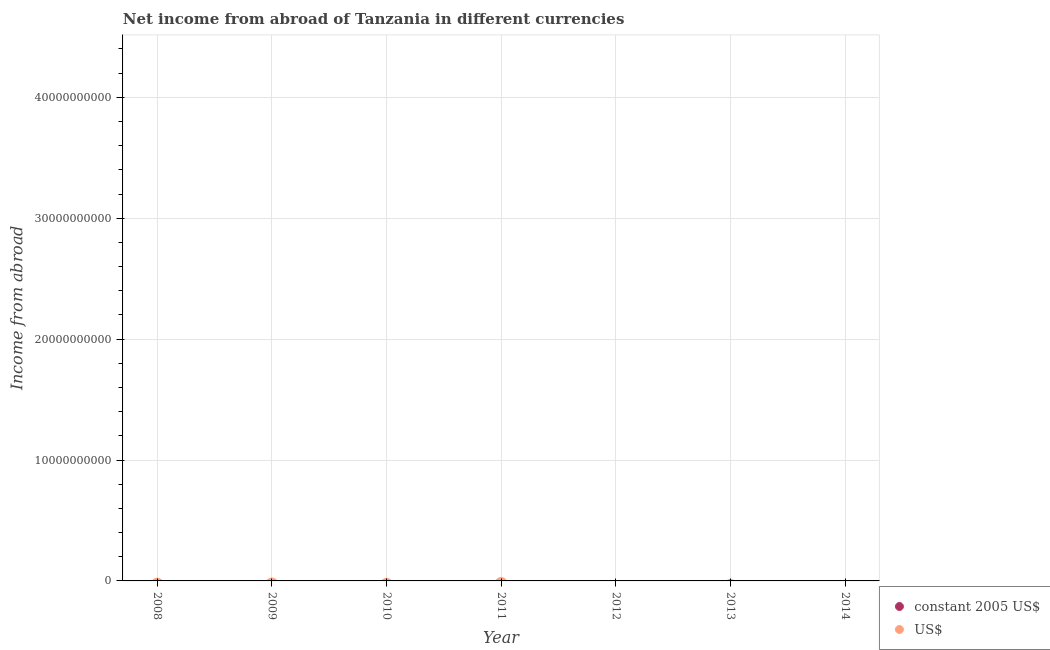
| Year | constant 2005 US$ | US$ |
 | --- | --- | --- |
 | 2008 | -3.76e+11 | -3.14e+08 |
 | 2009 | -3.93e+11 | -2.98e+08 |
 | 2010 | -4.61e+11 | -3.3e+08 |
 | 2011 | -4.04e+11 | -2.59e+08 |
 | 2012 | -9.09e+11 | -5.78e+08 |
 | 2013 | -6.58e+11 | -4.11e+08 |
 | 2014 | -8.58e+11 | -5.19e+08 |